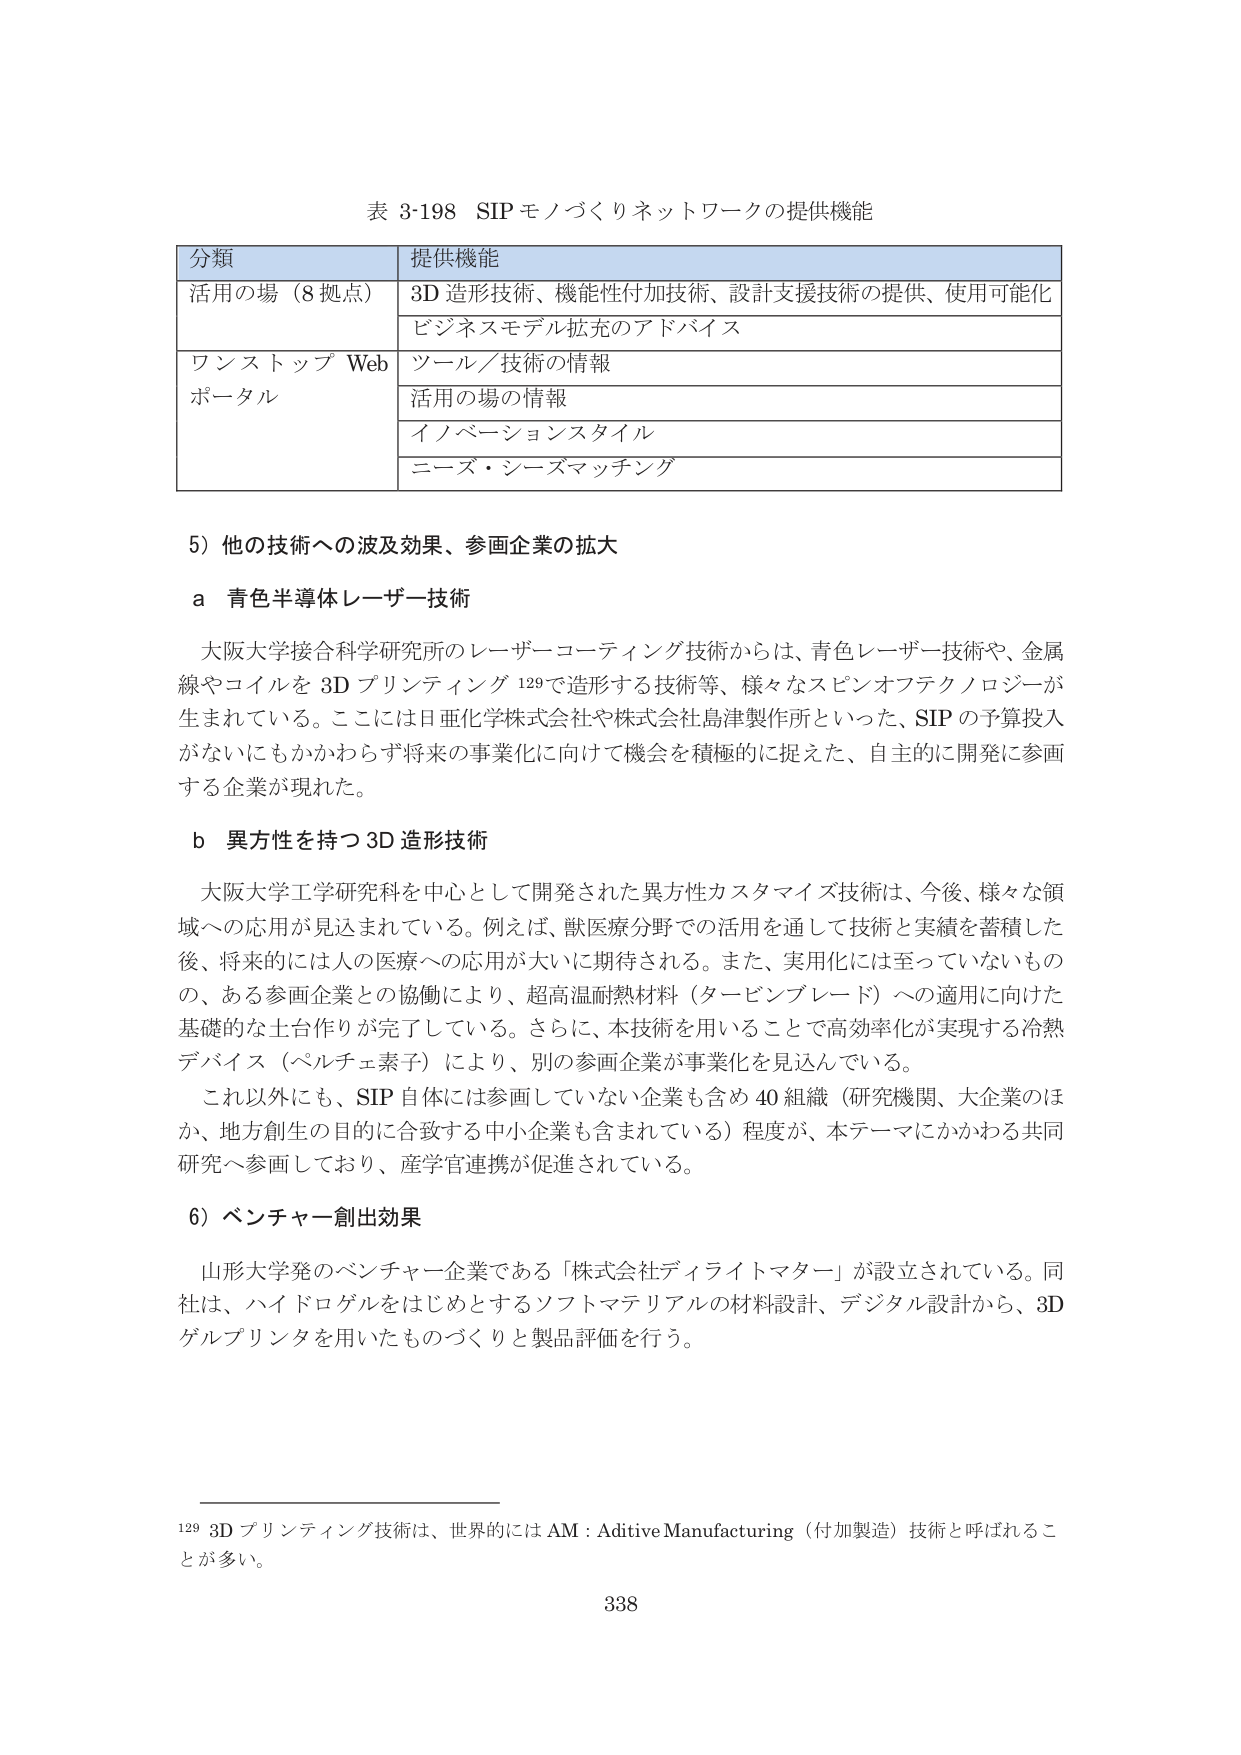
表 3-198 SIP モノづくりネットワークの提供機能

分類 提供機能
活用の場（8 拠点） 3D 造形技術、機能性付加技術、設計支援技術の提供、使用可能化
ビジネスモデル拡充のアドバイス
ワンストップ Web ポータル ツール／技術の情報
活用の場の情報
イノベーションスタイル
ニーズ・シーズマッチング

5）他の技術への波及効果、参画企業の拡大

a 青色半導体レーザー技術

大阪大学接合科学研究所のレーザーコーティング技術からは、青色レーザー技術や、金属線やコイルを 3D プリンティング 129 で造形する技術等、様々なスピンオフテクノロジーが生まれている。ここには日亜化学株式会社や株式会社島津製作所といった、SIP の予算投入がないにもかかわらず将来の事業化に向けて機会を積極的に捉えた、自主的に開発に参画する企業が現れた。

b 異方性を持つ 3D 造形技術

大阪大学工学研究科を中心として開発された異方性カスタマイズ技術は、今後、様々な領域への応用が見込まれている。例えば、獣医療分野での活用を通して技術と実績を蓄積した後、将来的には人の医療への応用が大いに期待される。また、実用化には至っていないものの、ある参画企業との協働により、超高温耐熱材料（タービンブレード）への適用に向けた基礎的な土台作りが完了している。さらに、本技術を用いることで高効率化が実現する冷熱デバイス（ペルチェ素子）により、別の参画企業が事業化を見込んでいる。

これ以外にも、SIP 自体には参画していない企業も含め 40 組織（研究機関、大企業のほか、地方創生の目的に合致する中小企業も含まれている）程度が、本テーマにかかわる共同研究へ参画しており、産学官連携が促進されている。

6）ベンチャー創出効果

山形大学発のベンチャー企業である「株式会社ディライトマター」が設立されている。同社は、ハイドロゲルをはじめとするソフトマテリアルの材料設計、デジタル設計から、3D ゲルプリンタを用いたものづくりと製品評価を行う。

129 3D プリンティング技術は、世界的には AM：Aditive Manufacturing（付加製造）技術と呼ばれることが多い。

338